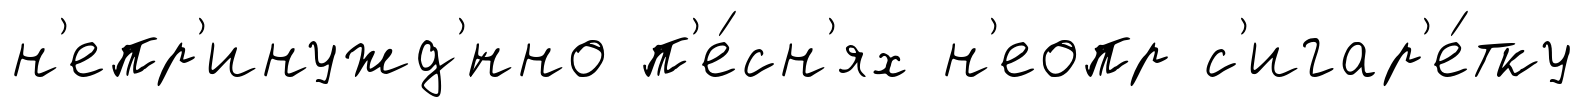
н'епр'инужд'́нно п'е́сн'ях н'еопр с'игар'е́тку